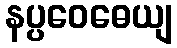
နပ္ပဝေဓေယျ